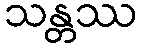
သန္တဿ